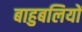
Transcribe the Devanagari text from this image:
बाहुबलियों